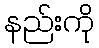
နည်းကို